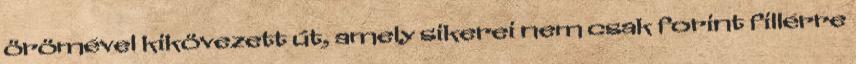
örömével kikövezett út, amely sikerei nem csak forint fillérre